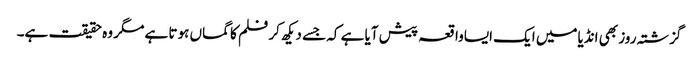
گزشتہ روز بھی انڈیامیں ایک ایساواقعہ پیش آیا ہے کہ جسے دیکھ کر فلم کا گماں ہوتا ہے مگر وہ حقیقت ہے۔